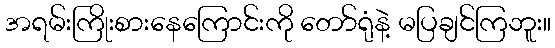
အရမ်းကြိုးစားနေကြောင်းကို တော်ရုံနဲ့ မပြချင်ကြဘူး။